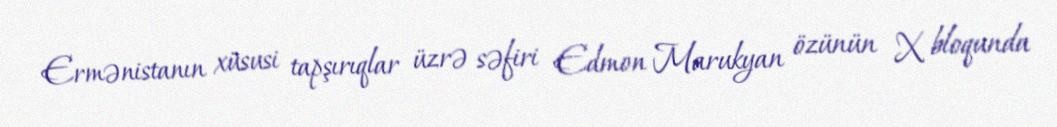
Ermənistanın xüsusi tapşırıqlar üzrə səfiri Edmon Marukyan özünün X bloqunda